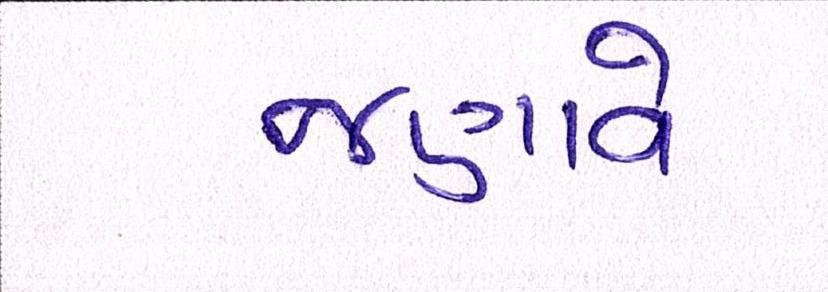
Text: જણાવે